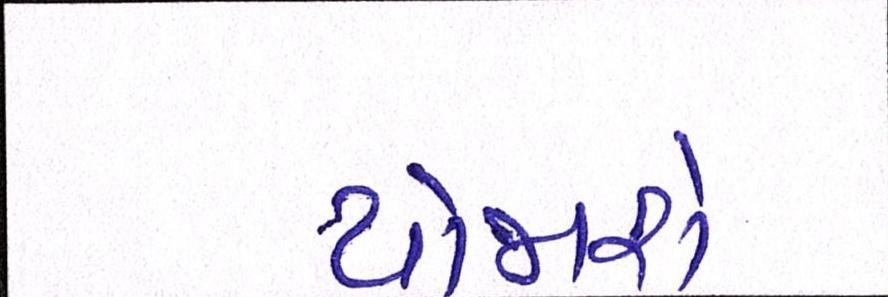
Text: યોજાશે